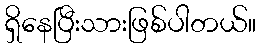
ရှိနေပြီးသားဖြစ်ပါတယ်။